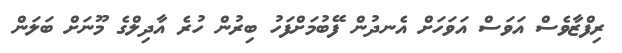
ރިފްޒާވެސް އަވަސް އަވަހަށް އެނދުން ފޭބުމަށްފަހު ބިރުން ހުރެ އާދިލްގެ މޫނަށް ބަލަން